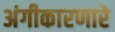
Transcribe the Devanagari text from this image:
अंगीकारणारे